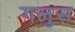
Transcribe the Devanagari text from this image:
गलुस